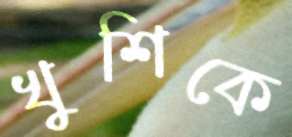
খুশিকে